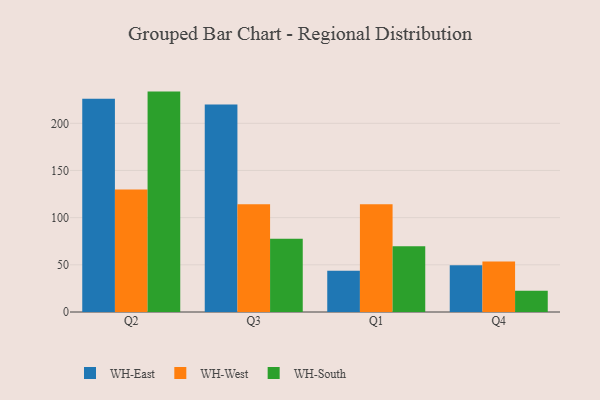
{"axis": {"x": "Quarter", "y": "Revenue (USD Million)"}, "legend": ["WH-East", "WH-South", "WH-West"], "data": [{"x": "Q2", "y": 226.1, "type": "WH-East"}, {"x": "Q2", "y": 129.9, "type": "WH-West"}, {"x": "Q2", "y": 233.6, "type": "WH-South"}, {"x": "Q3", "y": 219.8, "type": "WH-East"}, {"x": "Q3", "y": 114.2, "type": "WH-West"}, {"x": "Q3", "y": 77.7, "type": "WH-South"}, {"x": "Q1", "y": 43.8, "type": "WH-East"}, {"x": "Q1", "y": 114.1, "type": "WH-West"}, {"x": "Q1", "y": 69.8, "type": "WH-South"}, {"x": "Q4", "y": 49.5, "type": "WH-East"}, {"x": "Q4", "y": 53.5, "type": "WH-West"}, {"x": "Q4", "y": 22.6, "type": "WH-South"}]}